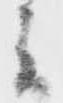
者